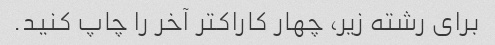
برای رشته زیر، چهار کاراکتر آخر را چاپ کنید.